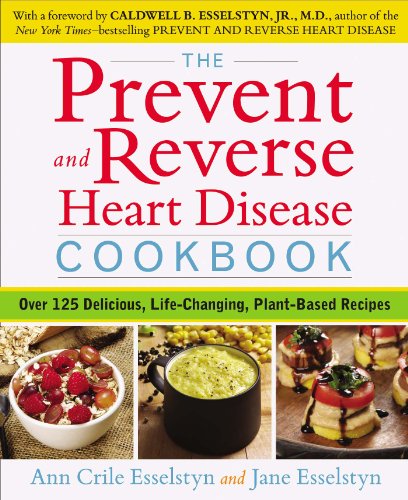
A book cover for The Prevent and Reverse Heart Disease Cookbook: Over 125 Delicious, Life-Changing, Plant-Based Recipes; Ann Crile Esselstyn; Cookbooks, Food & Wine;